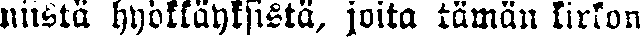
niistä hyökkäyksistä, joita tämän kirkon